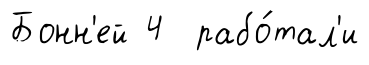
Бонн'ей 4 рабо́тал'и